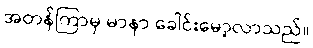
အတန်ကြာမှ မာနာ ခေါင်းမော့လာသည်။